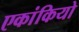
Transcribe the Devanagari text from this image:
एकांकियो